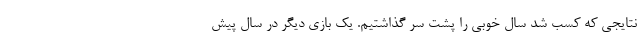
نتایجی که کسب شد سال خوبی را پشت سر گذاشتیم. یک بازی دیگر در سال پیش